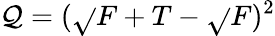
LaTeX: \mathcal{Q}=({\sqrt{}{{F+T}}}-{\sqrt{}{{F}}})^{2}